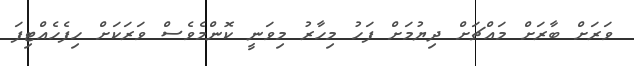
ވަރަށް ބާރަށް މައްޗަށް ދިޔުމަށް ފަހު މިހާރު މިވަނީ ކޮންމެވެސް ވަރަކަށް ހިފެހެއްޓިފަ